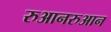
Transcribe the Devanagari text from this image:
रुआनरुआन